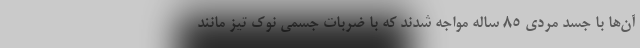
آن‌ها با جسد مردی ۸۵ ساله مواجه شدند که با ضربات جسمی نوک تیز مانند